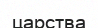
царства